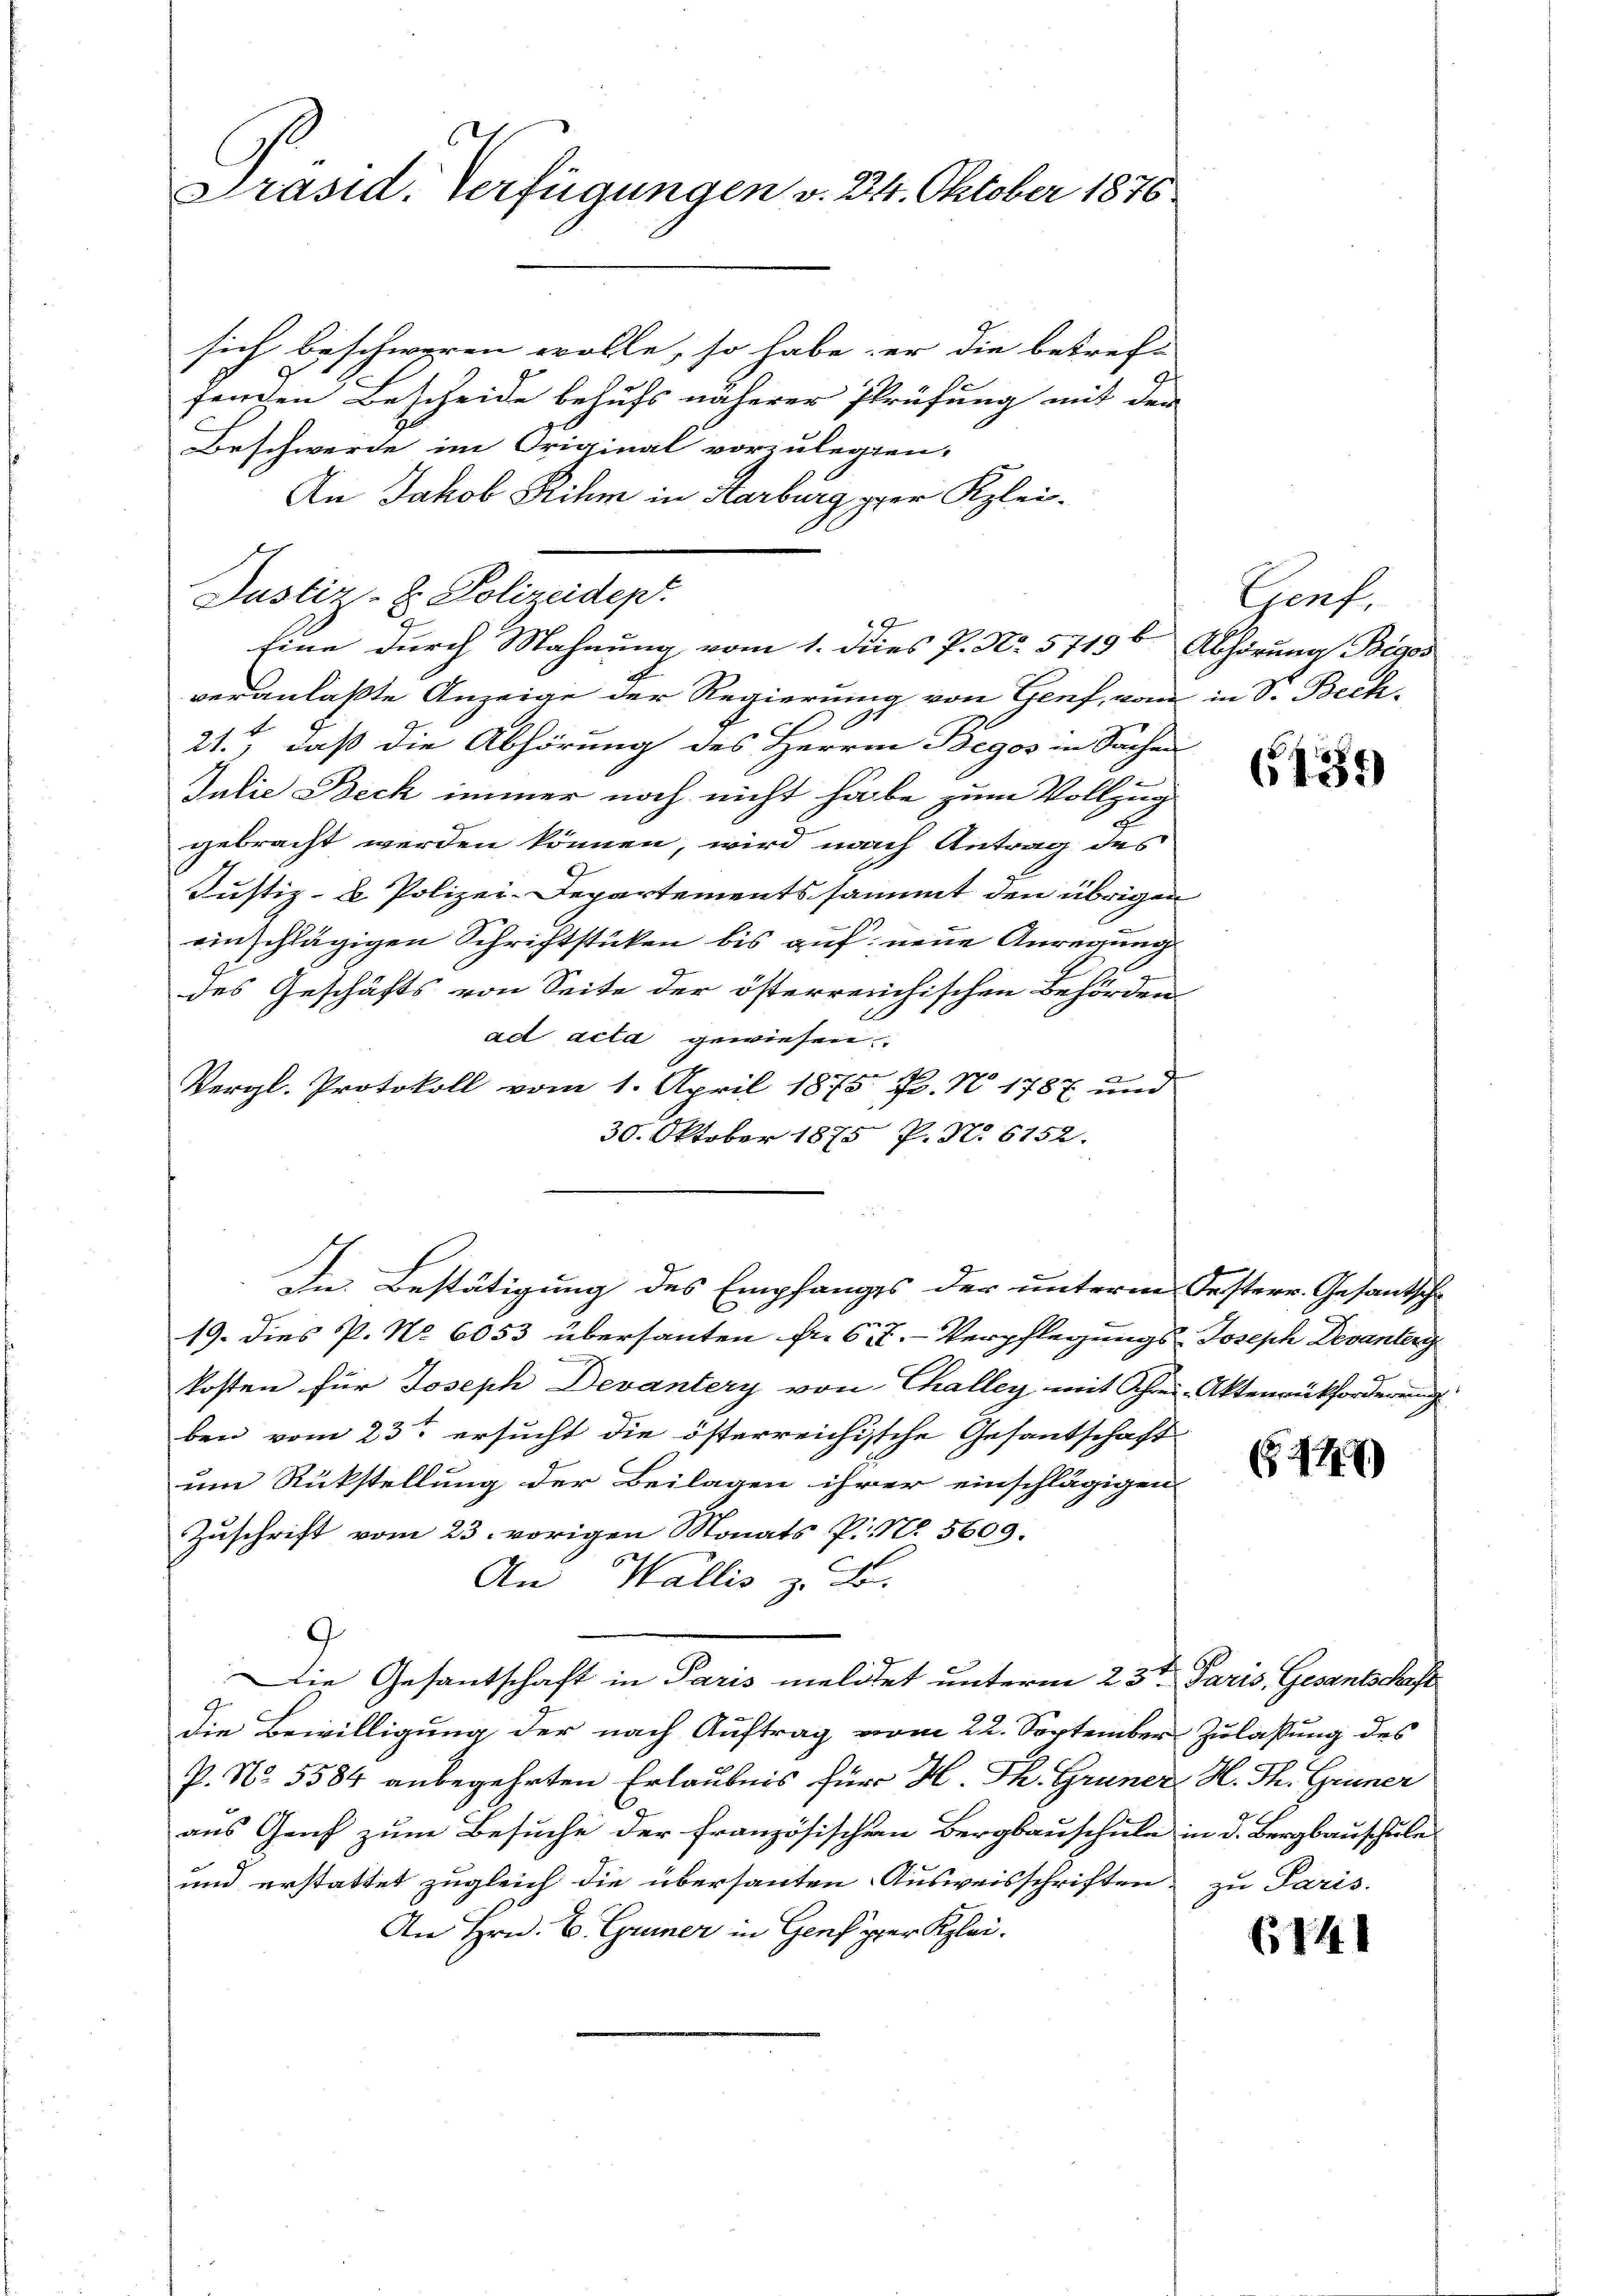
Präsid. Verfügungen v. 24. Oktober 1876.

sich beschworen wolle, so habe er die betrefe
fenden Bescheide behufs näherer Prüfung mit der
Beschwerde im Original vorzulegten.
An Jakob Rihm in Karburg per Klei¬
Justiz- & Polizeidep
veranlaßte Anzeige der Regierung von Genf, von in S. Beck¬
.

21.) daß die Abhörung des Herren Begos in Sachen
2
Julie Beck immer noch nicht habe zum Vollzug
gebracht werden können, wird nach Antrag des
Justiz- & Polizei-Departementssammt den übrigen
einschlägigen Schriftstücken bis auf neue Anregung
des Geschäfts von Seite der österreichischen Behörden
ad acta gewiesen.
Vergl. Protokoll vom 1. April 1875 P. N. 1787 und
30. Oktober 1875 P. Nr. 6152.
In Bestätigung des Empfanges der unterm Festerr. Gesantsche
m
19. dies P. No 6053 übersanten fr. 6, 7.- Verpflegungs- Joseph Devanterg
kosten für Joseph Devantery von Challey mit Schei- Aktenrückforderung
ben vom 23ten ersucht die österreichische Gesandtschaft
um Rückstellung der Beilagen ihrer einschlägigen
Zuschrift vom 23. vorigen Monats P. N. 5609.
An Wallis z. B.
Die Gesantschaft in Paris meldtet unterm 23ten Paris, Gesantschaft
die Bewilligung der nach Auftrag vom 22. September Zulassung des
P. No. 5584 anbegehrten Erlaubnis für H. Th. Gruner, H. Th. Gruner
aus Genf zum Besuche der französischen Bergbauschule in d. Bergbauschule
und erstattet zugleich die übersanten Ausweisschriften zu Paris.
An Hrn. B. Griner in Genf per Klei

19
Eine durch Mahnung vom 1. des P. Nr. 57196 Abhörung Bigos

Genf,

(1285

C447)

6141